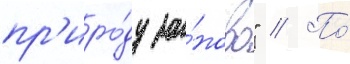
пр'иро́ду за́ново" // По́